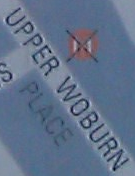
UPPER WOBURN